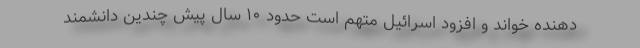
دهنده خواند و افزود اسرائیل متهم است حدود ۱۰ سال پیش چندین دانشمند